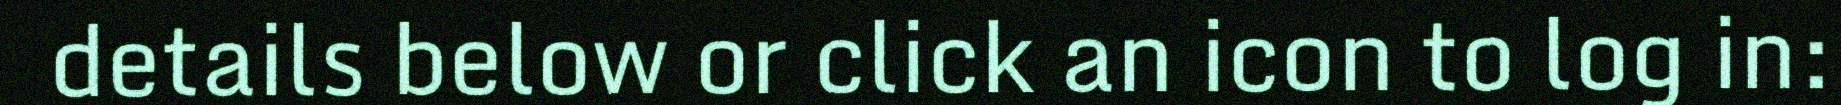
details below or click an icon to log in: